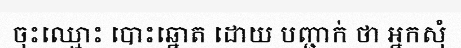
ចុះឈ្មោះ បោះឆ្នោត ដោយ បញ្ជាក់ ថា អ្នកសុំ